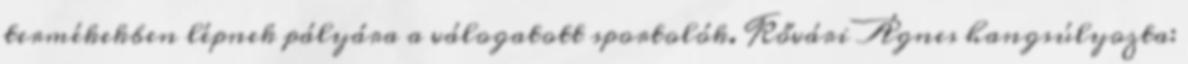
termékekben lépnek pályára a válogatott sportolók. Kővári Ágnes hangsúlyozta: